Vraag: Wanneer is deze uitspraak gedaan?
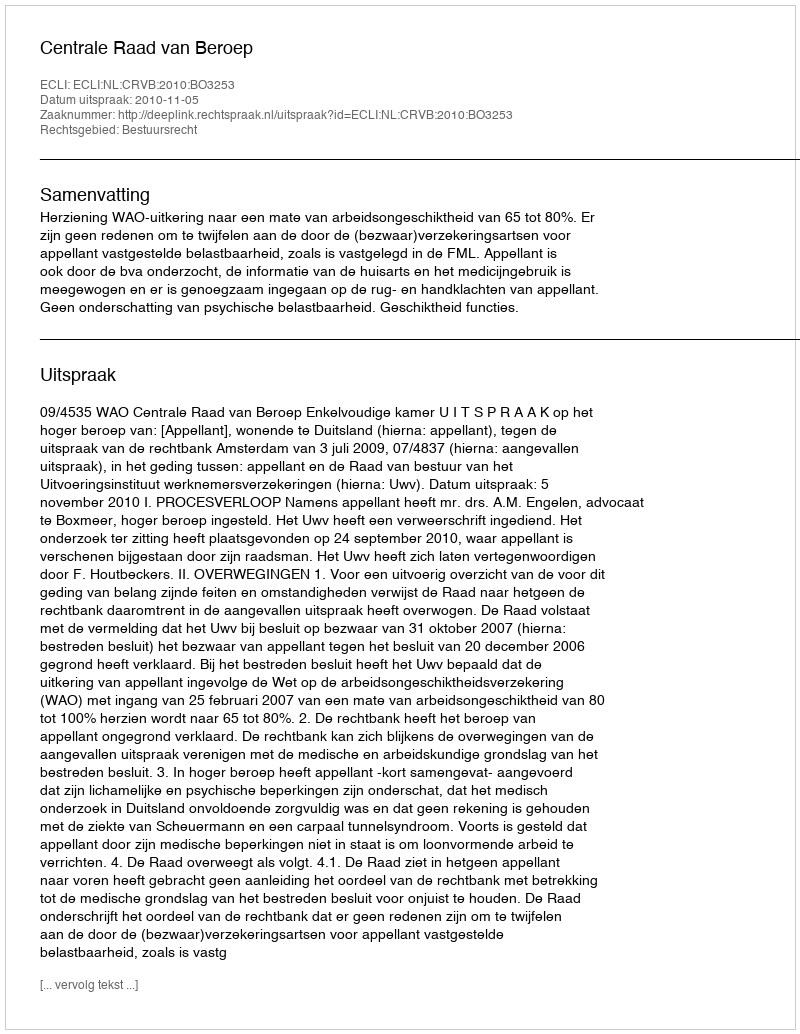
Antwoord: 2010-11-05